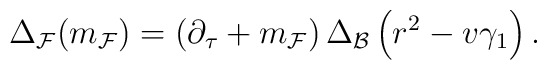
\Delta_{\cal F} ( m_{ \cal F})=\left( \partial_{\tau} +m_{\cal F} \right) \Delta_{\cal B} \left(r^2-v\gamma_1\right) .